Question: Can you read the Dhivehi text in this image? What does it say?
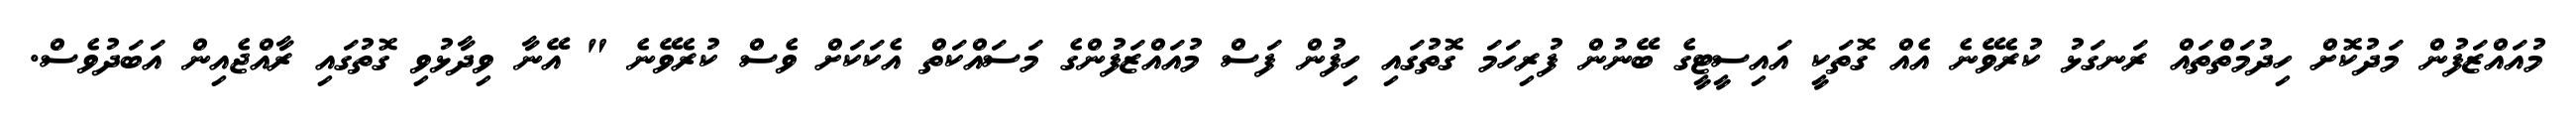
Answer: މުއައްޒަފުން މަދުކޮށް ހިދުމަތްތައް ރަނގަޅު ކުރެވޭނެ އެއް ގޮތަކީ އައިސީޓީގެ ބޭނުން ފުރިހަމަ ގޮތުގައި ހިފުން ފަސް މުއައްޒަފުންގެ މަސައްކަތް އެކަކަށް ވެސް ކުރެވޭނެ " އޭނާ ވިދާޅުވި ގޮތުގައި ރާއްޖެއިން އަބަދުވެސް.